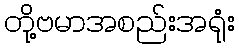
တို့ဗမာအစည်းအရုံး